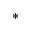
^ \ast